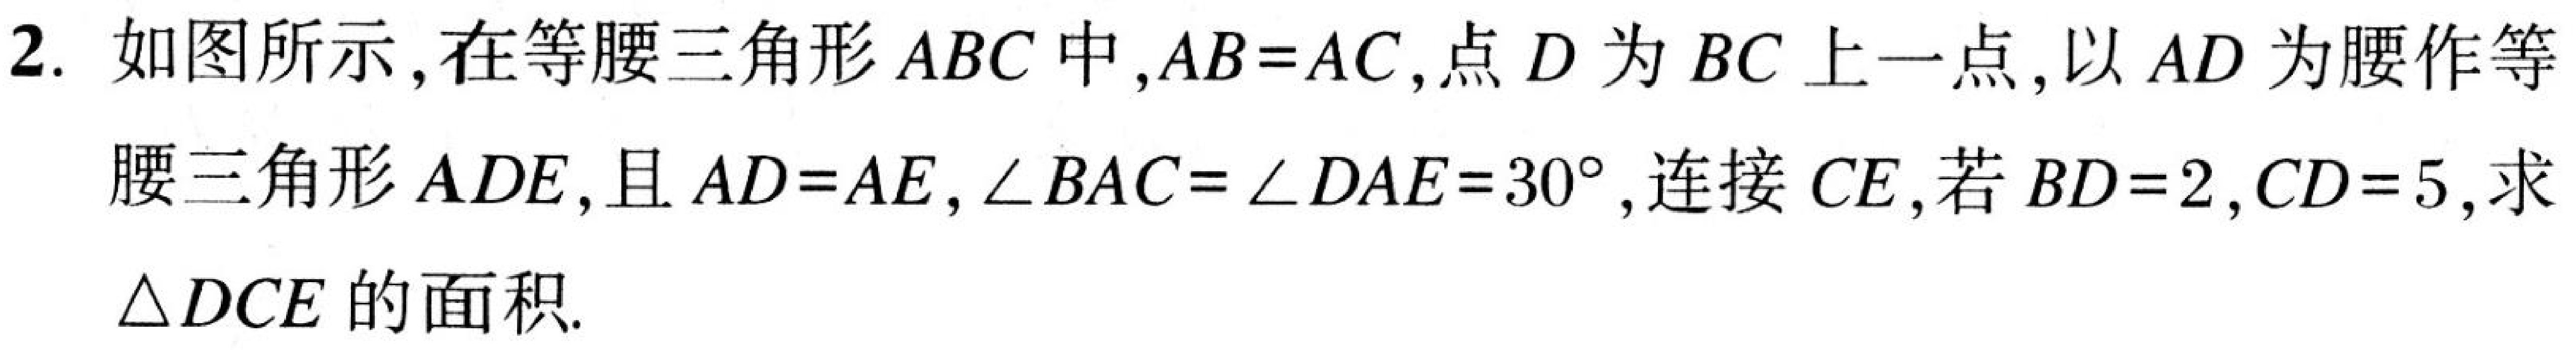
2. 如图所示，在等腰三角形\(ABC\)中，\(AB = AC\)，点\(D\)为\(BC\)上一点，以\(AD\)为腰作等腰三角形\(ADE\)，且\(AD = AE\)，\(\angle BAC=\angle DAE = 30^{\circ}\)，连接\(CE\)，若\(BD = 2\)，\(CD = 5\)，求\(\triangle DCE\)的面积.